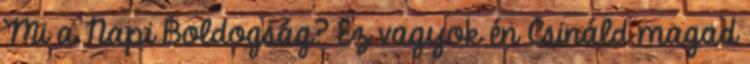
Mi a Napi Boldogság? Ez vagyok én Csináld magad